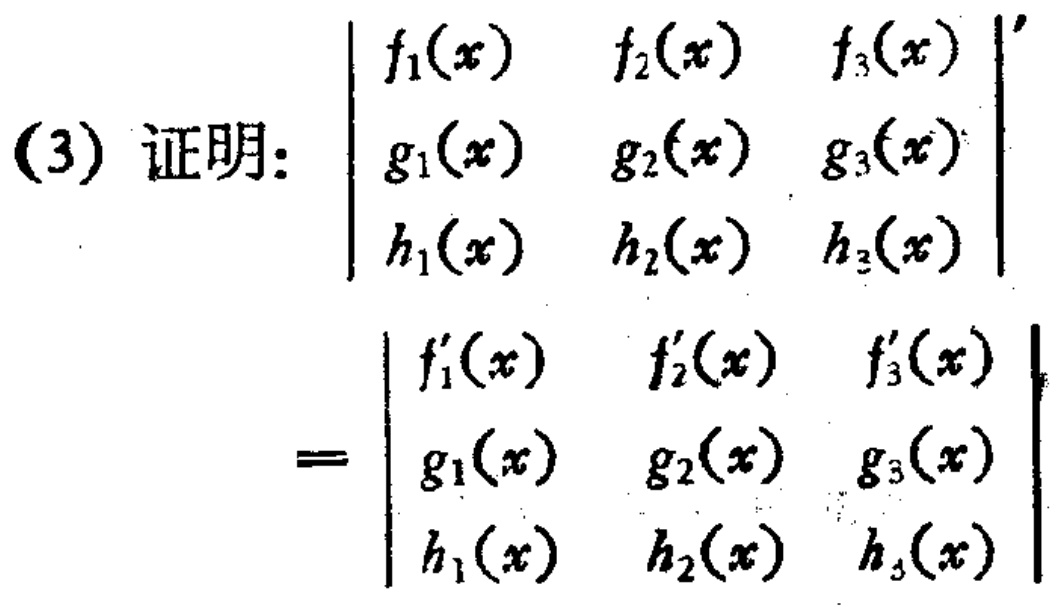
(3) 证明：
\[
\begin{vmatrix}
f_{1}(x) & f_{2}(x) & f_{3}(x) \\
g_{1}(x) & g_{2}(x) & g_{3}(x) \\
h_{1}(x) & h_{2}(x) & h_{3}(x)
\end{vmatrix}'
=
\begin{vmatrix}
f_{1}'(x) & f_{2}'(x) & f_{3}'(x) \\
g_{1}(x) & g_{2}(x) & g_{3}(x) \\
h_{1}(x) & h_{2}(x) & h_{3}(x)
\end{vmatrix}
\]